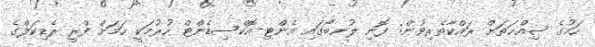
ހަމުގެ ޞިއްޙަތަށް ރައްކާތެރިވުން: ފޮނި ލުނބޯގައި އެންޓި-އޮކްސިޑެންޓް ހުރުމަކީ ހަމަށް ފްރީ ރެޑިކަލްގެ